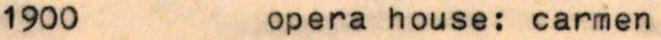
1900  opera house: carmen